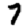
Digit: 7